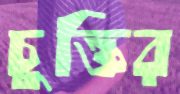
চুক্তির